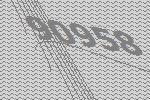
90958